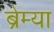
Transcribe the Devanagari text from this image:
ब्रेम्या